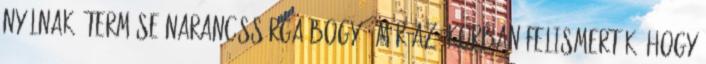
nyílnak. Termése narancssárga bogyó. Már az ókorban felismerték, hogy